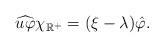
LaTeX: \begin{align*}\widehat{u\varphi}\chi_{\mathbb{R}^+} = (\xi-\lambda)\hat{\varphi}.\end{align*}